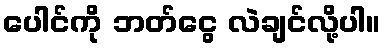
ပေါင်ကို ဘတ်ငွေ လဲချင်လို့ပါ။